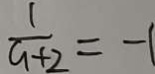
\frac { 1 } { a + 2 } = - 1